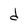
Character: d